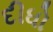
દીધો